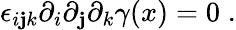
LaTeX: \epsilon_{i\mathbf{j}k}\partial_{i}\partial_{\mathbf{j}}\partial_{k}\gamma(x)=0\; .